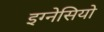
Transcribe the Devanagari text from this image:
इग्नेसियो